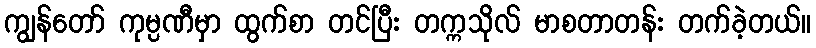
ကျွန်တော် ကုမ္ပဏီမှာ ထွက်စာ တင်ပြီး တက္ကသိုလ် မာစတာတန်း တက်ခဲ့တယ်။